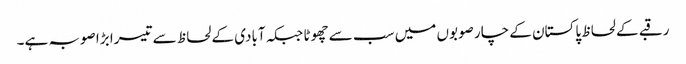
رقبے کے لحاظ پاکستان کے چار صوبوں میں سب سے چھوٹا جبکہ آبادی کے لحاظ سے تیسرا بڑا صوبہ ہے۔